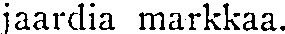
jaardia markkaa.